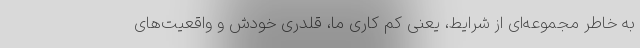
به خاطر مجموعه‌ای از شرایط، یعنی کم کاری ما، قلدری خودش و واقعیت‌های